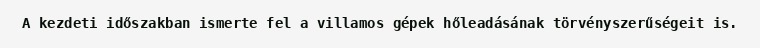
A kezdeti időszakban ismerte fel a villamos gépek hőleadásának törvényszerűségeit is.